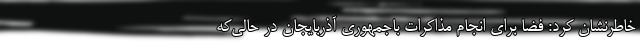
خاطرنشان کرد: فضا برای انجام مذاکرات باجمهوری آذربایجان در حالی‌که